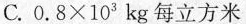
C.$$0 . 8 × 1 0 ^ { 3 }$$kg每立方米